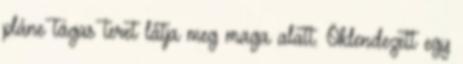
pláne tágas teret látja meg maga alatt. Öklendezett egy